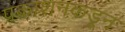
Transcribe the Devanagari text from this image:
प्रकाशनकडून